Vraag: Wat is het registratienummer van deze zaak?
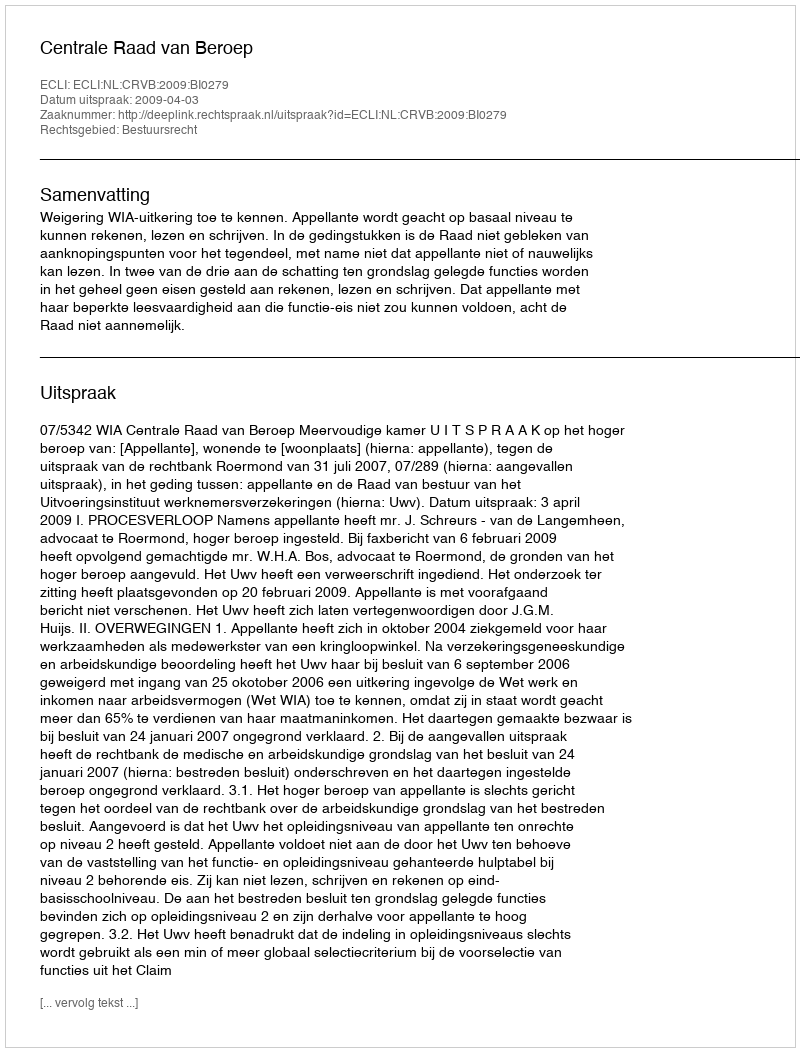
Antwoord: http://deeplink.rechtspraak.nl/uitspraak?id=ECLI:NL:CRVB:2009:BI0279